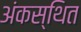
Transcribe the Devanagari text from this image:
अंकस्थित